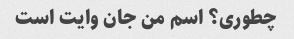
چطوری؟ اسم من جان وایت است